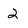
Character: 2